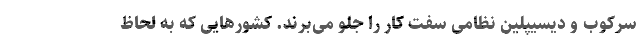
سرکوب و دیسیپلین نظامی سفت کار را جلو می‌برند. کشورهایی که به لحاظ